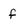
Character: f